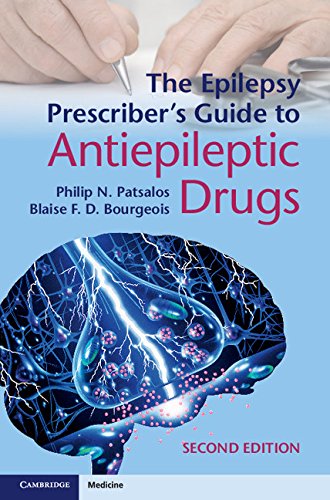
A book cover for The Epilepsy Prescriber's Guide to Antiepileptic Drugs; Philip N. Patsalos; Health, Fitness & Dieting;